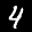
Label: 4